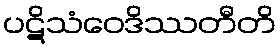
ပဋိသံဝေဒိဿတီတိ